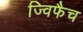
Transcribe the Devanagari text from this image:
ज्विफैच